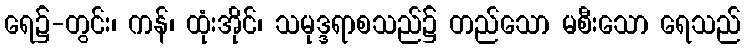
ရေ၌-တွင်း၊ ကန်၊ ထုံးအိုင်၊ သမုဒ္ဒရာစသည်၌ တည်သော မစီးသော ရေသည်